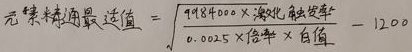
元素精通最适值\(= \sqrt{\frac{998400\times 激化触发效率}{0.0025\times 倍率\times 白值}} - 120\)